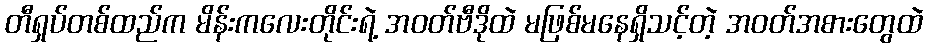
တီရှပ်တစ်ထည်က မိန်းကလေးတိုင်းရဲ့ အဝတ်ဗီဒိုထဲ မဖြစ်မနေရှိသင့်တဲ့ အဝတ်အစားတွေထဲ